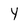
Character: Y